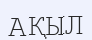
АҚЫЛ